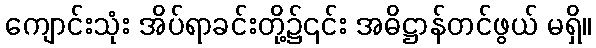
ကျောင်းသုံး အိပ်ရာခင်းတို့၌၎င်း အဓိဋ္ဌာန်တင်ဖွယ် မရှိ။